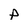
Character: p